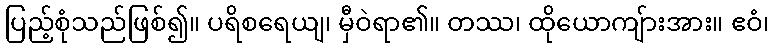
ပြည့်စုံသည်ဖြစ်၍။ ပရိစရေယျ၊ မှီဝဲရာ၏။ တဿ၊ ထိုယောကျ်ားအား။ ဧဝံ၊